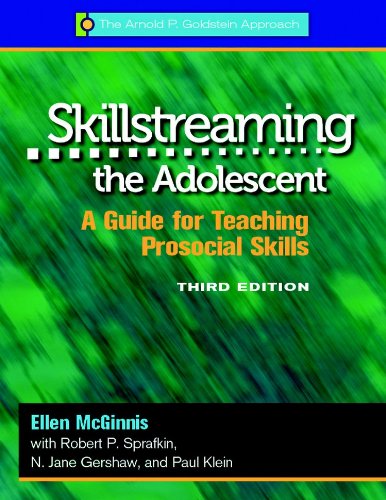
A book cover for Skillstreaming the Adolescent: A Guide for Teaching Prosocial Skills, 3rd Edition (with CD); Dr. Ellen McGinnis; Education & Teaching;